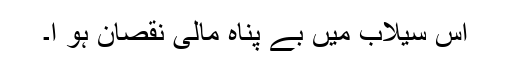
اس سیلاب میں بے پناہ مالی نقصان ہو ا۔